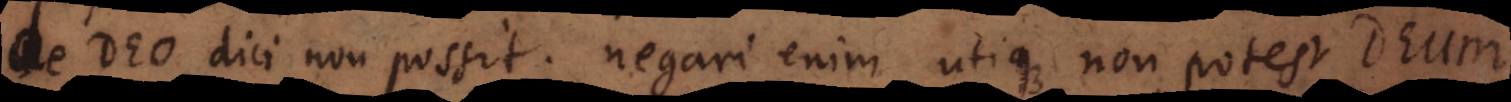
de Deo dici non possit; negari enim utique non potest Deum